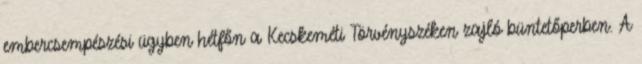
embercsempészési ügyben hétfőn a Kecskeméti Törvényszéken zajló büntetőperben. A